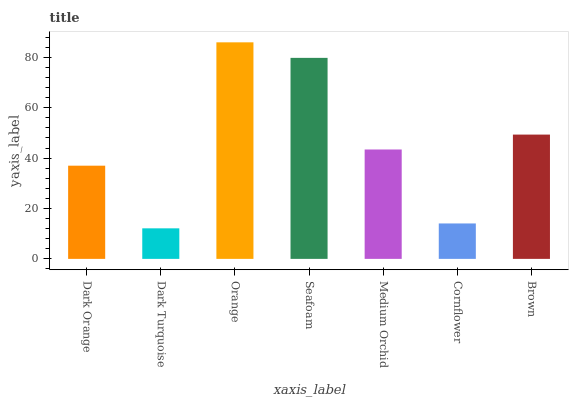
| xaxis_label | bars |
 | --- | --- |
 | Dark Orange | 37 |
 | Dark Turquoise | 12.1 |
 | Orange | 86 |
 | Seafoam | 79.8 |
 | Medium Orchid | 43.4 |
 | Cornflower | 14.1 |
 | Brown | 49.3 |